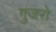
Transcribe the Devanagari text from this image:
गुजरो